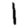
Digit: 1